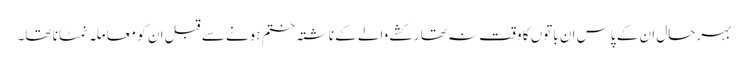
بہرحال ان کے پاس ان باتوں کا وقت نہ تھا رکشے والے کے ناشتہ ختم ہونے سے قبل ان کو معاملہ نمٹانا تھا۔